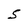
Character: 5